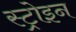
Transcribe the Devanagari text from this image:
स्ट्रोइन